Vabadussoja_Ajaloo_Komitee, lk 13
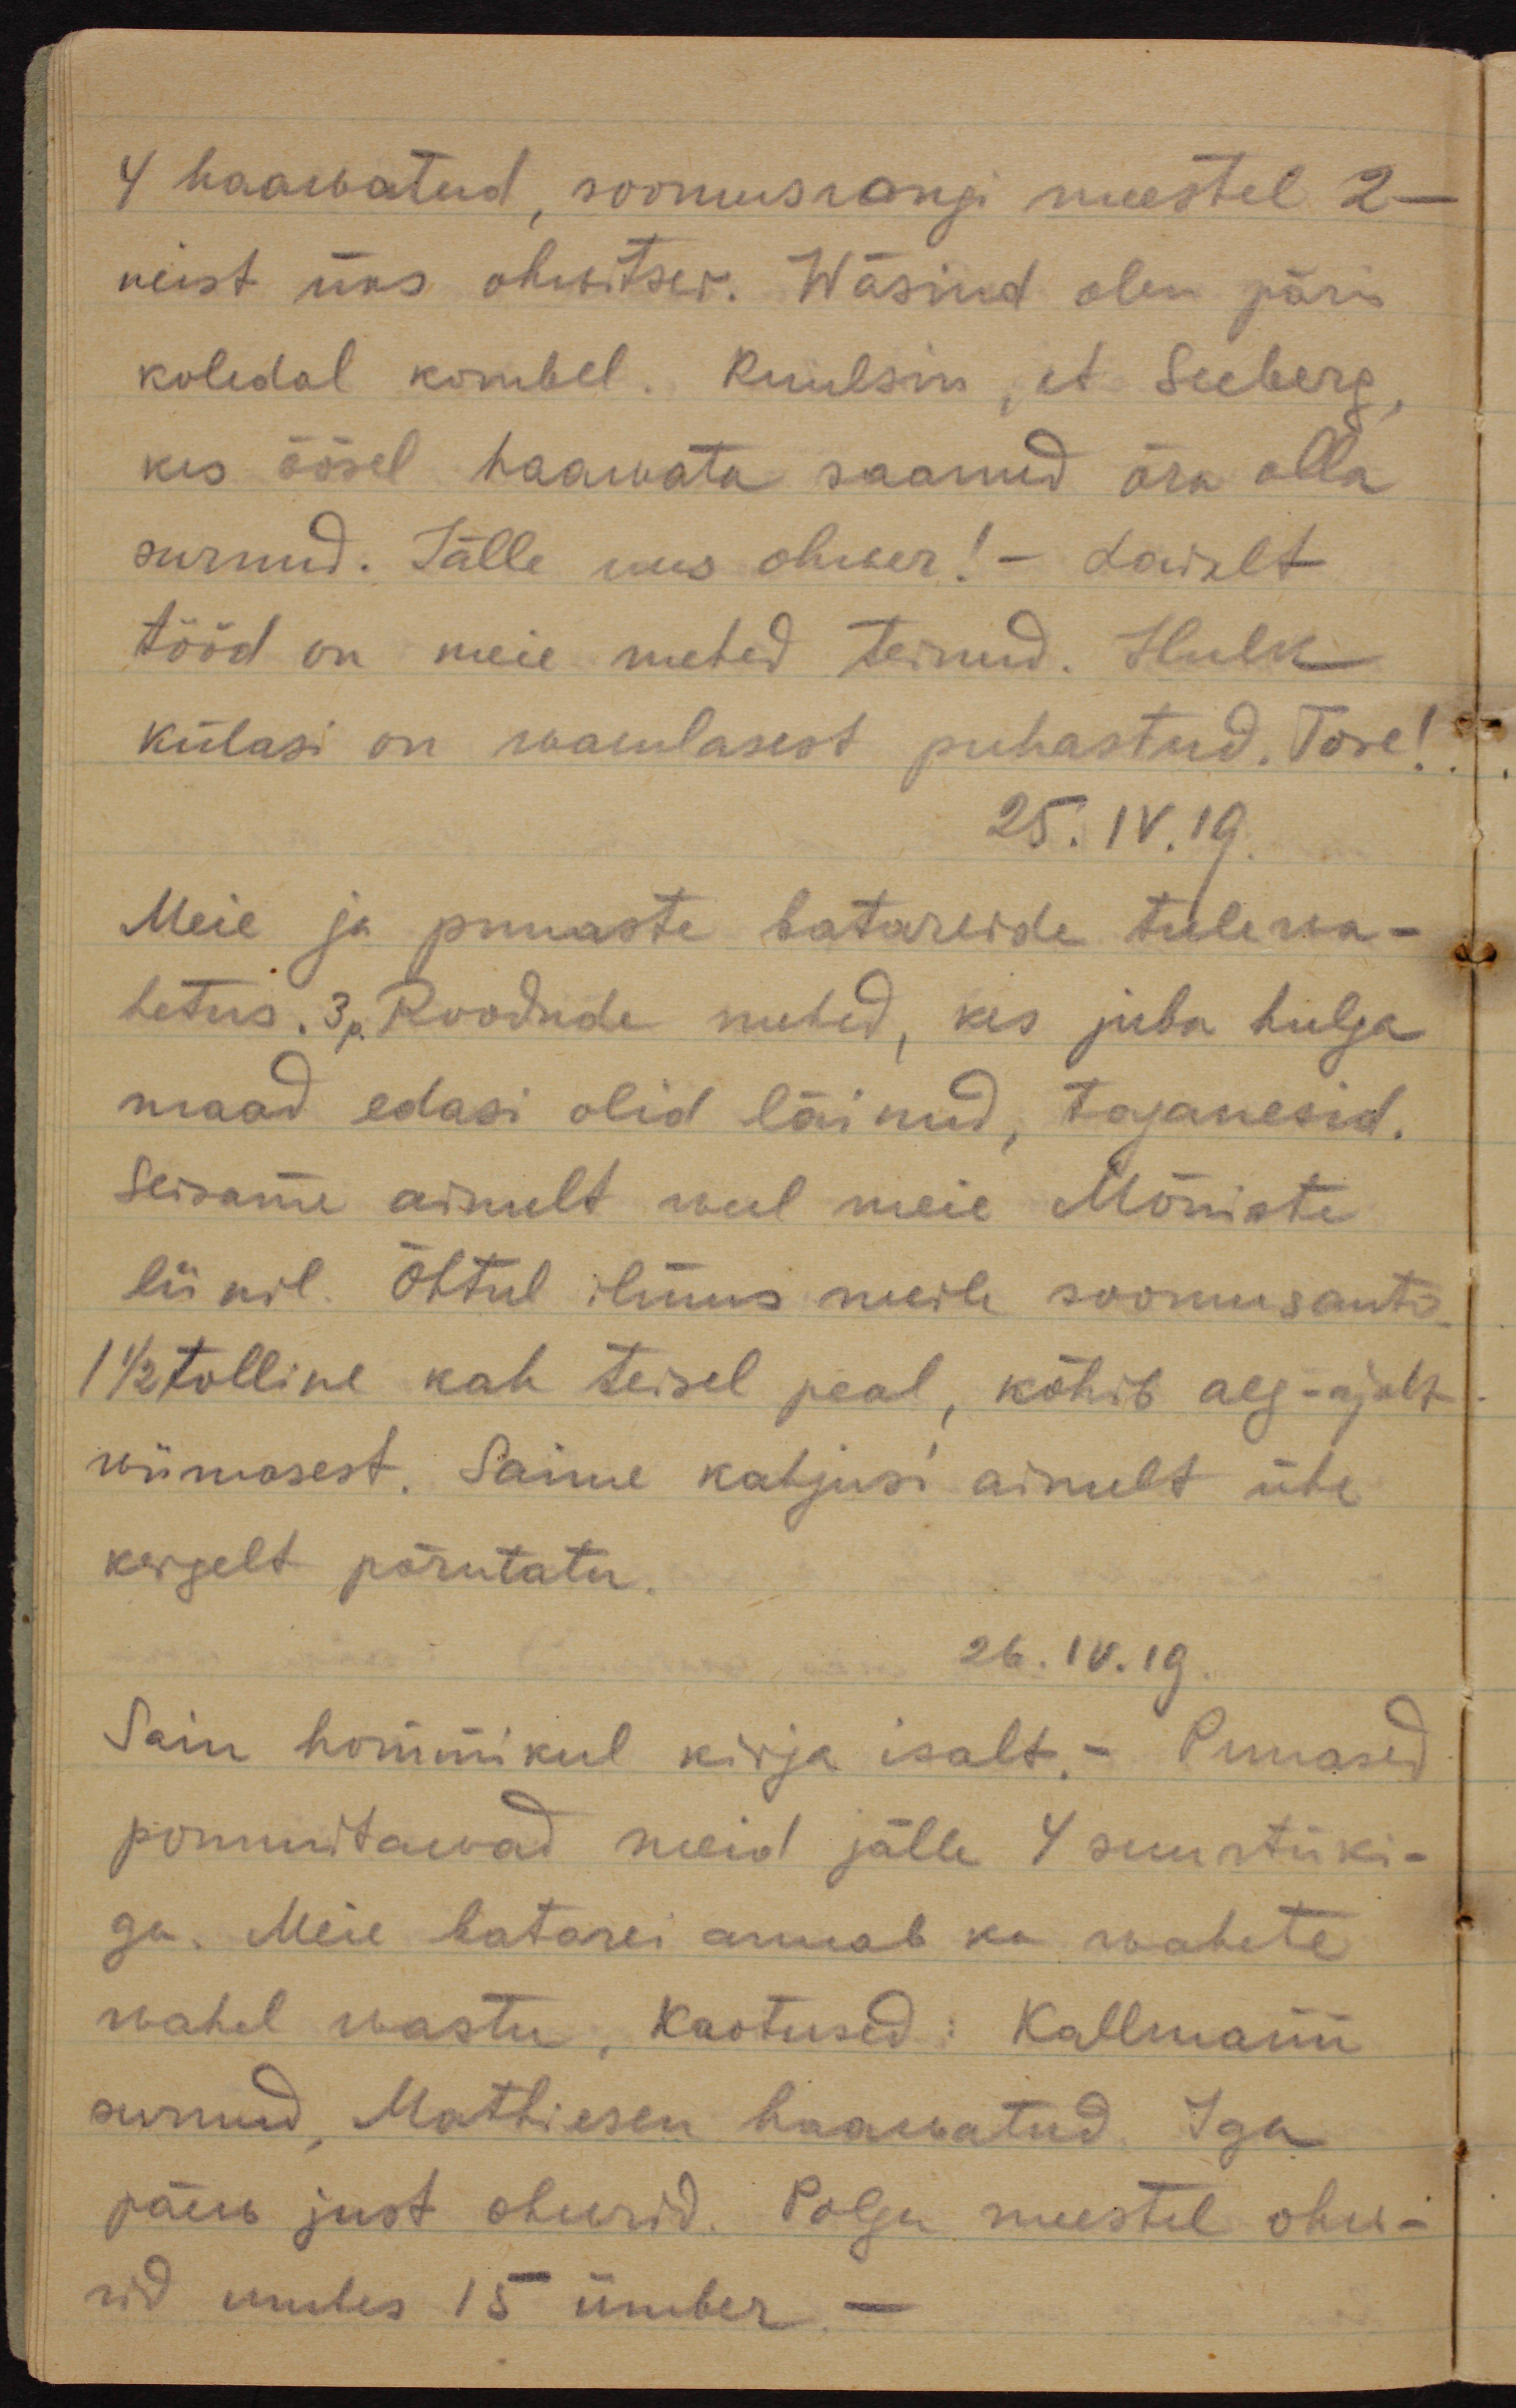
4 haawatud, soomusrongi meestel 2 -
neist üks ohwitser. Wäsind olen päris
koledal kombel. Kuulsin, et Seeberg,
kes öösel haawata saanud ära olla
surnud. Jälle uus ohwer! - Laialt
tööd on meie mehed teinud. Hulk
külasi on enamlasest puhastatud. Tore!
25.IV.19.
Meie ja punaste batareide tulewa-
hetus. 3p. Roodude mehed, kes juba hulga
maad edasi olid läinud, taganesid.
Seisame ainult weel meie Mõniste
liinil. Õhtul ilmus meile soomusauto.
1 1/2 tolline kah teisel peal, köhib aeg-ajalt
wiimasest. Saime kahjusi ainult ühe
kergelt põrutatu.
26.IV.19.
Sain hommikul kirja isalt. - Punased
pommitawad meid jälle. 4 suurtüki-
ga. Meie batarei annab ka wahete
wahel wastu. Kaotused: Kallmann
surnud, Mathiesen haawatud. Iga
päew just ohwrid. Polgu meestel ohw-
rid umbes 15 ümber. -